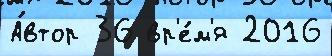
А́втор 36 вр'е́м'я 2016